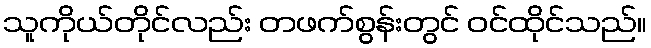
သူကိုယ်တိုင်လည်း တဖက်စွန်းတွင် ဝင်ထိုင်သည်။